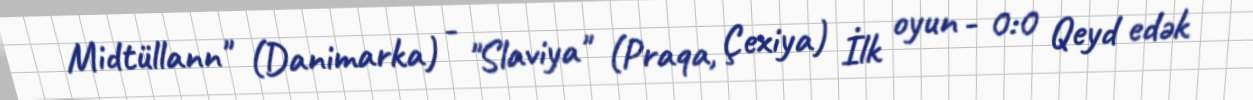
Midtüllann" (Danimarka) - "Slaviya" (Praqa, Çexiya) İlk oyun - 0:0 Qeyd edək